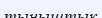
тыныштык